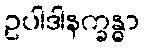
ဥပါဒါနက္ခန္ဓာ